Vital statistics of India. Vol. IV, Annual returns from 1871 to 1876. British Army of India, Native Army and jails of Bengal
Year: 1871
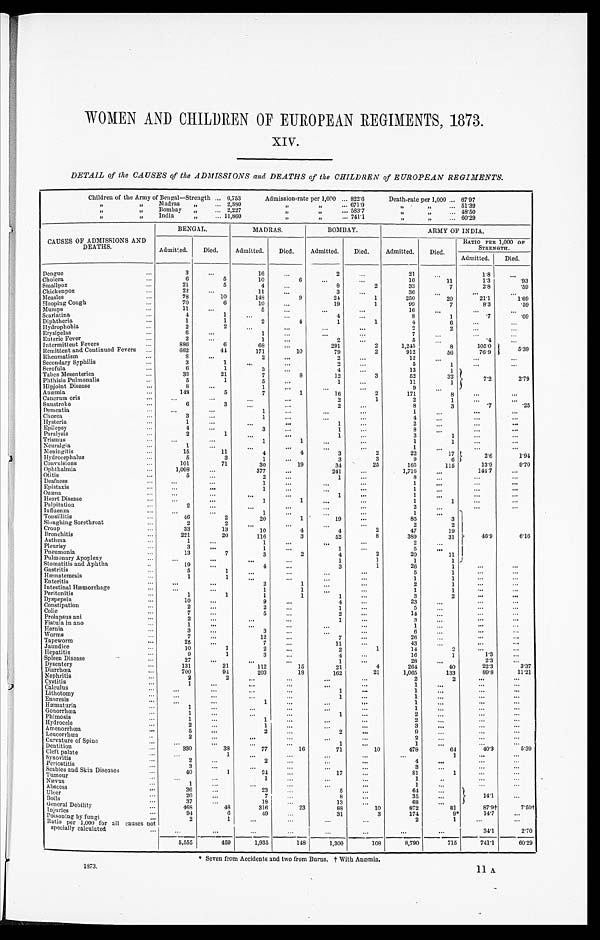
1873.
11 A.
WOMEN AND CHILDREN OF EUROPEAN REGIMENTS, 1873.
XIV.
DETAIL of the CAUSES of the ADMISSIONS and DEATHS of the CHILDREN of EUROPEAN REGIMENTS.
Children of the Army of Bengal—Strength . . . 6,753
Admission-rate per 1,000 . . .
822.6
Death-rate per 1,000 . . . 67.97
" " M a d r a s " . . .
2,880
" " . . .
671.9
" " . . . 51.39
"
"
Bombay " " . . . 2,227
" " . . .
583.7
" " . . .
48.50
" " I n d i a " . . . 11.860
" " . . .
741.1
" " . . . 6 0 . 2 9
CAUSES OF ADMISSIONS AND
D E A T H S .
BENGAL.
MADRAS.
BOMBAY.
ARMY OF INDIA.
Admitted.
Died.
Admitted.
Died.
Admitted.
Died.
Admitted.
Died.
RATIO PER 1,000 OF
STRENGTH.
Admitted.
Died.
Dengue . . .
3
. . .
16
. . .
2
. . .
21
. . .
1.8
. . .
Cholera . . .
6
5
10
6
. . .
. . .
1 6
11
1.3
.93
S m a l l p o x . . .
21
5
4
. . .
8
2
33
7
2.8
.59
Chickenpox
. . .
22
. . .
11
. . .
3
. . .
36
. . .
. . .
. . .
Measles . . .
78
10
148
9
24
1
250
20
21.1
1.69
Hooping Cough . . .
70
6
10
. . .
19
1
99
7
8.3
.59
Mumps . . .
11
. . .
5
. . .
. . .
. . .
16
. . .
. . . . . .
Scarlatina . . .
4
1
. . .
. . .
4
. . .
8
1
.7
.09
Diphtheria . . .
1
1
2
4
1
1
4
6
. . .
. . .
Hydrophobia . . .
2
2
. . .
. . .
. . .
. . .
2
2
. . .
. . .
Erysipelas . . .
6
. . .
1
. . .
. . . . . .
7
. . .
. . .
. . .
Enteric Fever . . .
2
. . .
1
. . .
2
. . .
5
. . .
. 4
. . .
Intermittent Fevers . . .
886
6
68 . . .
291
2
1,245
8
105.0 5.39
Remittent and Continued Fevers . . .
662
44
171
10
79
2
912
56
76.9
Rheumatism . . .
8
. . .
2
. . .
2
. . .
12
. . .
. . .
. . .
Secondary Syphilis . . .
3
1
. . .
. . .
2
. . .
5
1
. . .
. . .
Scrofula . . .
6
1
3 . . .
4
. . .
13
1
7.2
Tabes Mesenterica . . .
33
21
7
8
12
3
52
32
2.79
Phthisis Pulmonalis . . .
5
1
5
. . .
1
. . .
11
1
Hipjoint Disease . . .
8
. . .
1
. . .
. . .
. . .
9
. . .
Anæmia . . .
148
5
7
1
16
2
171
8
. . .
. . .
Cancrum oris . . .
. . .
. . .
. . .
. . .
2
1
2
1
. . .
. . .
Sunstroke
. . .
6
3
. . .
. . .
2
. . .
8
3
.7
.25
Dementia . . .
. . .
. . .
1
. . .
. . .
. . .
1
. . .
. . .
. . .
Chorea . . .
3
. . .
1
. . .
. . .
. . .
4
. . .
. . .
. . .
Hysteria . . .
1
. . .
. . .
. . .
1
. . .
2
. . .
. . .
. . .
Epilepsy . . .
4
. . .
3
. . .
1
. . .
8
. . .
. . .
. . .
Paralysis . . .
2
1
. . .
. . .
1
. . .
3
1
. . .
. . .
Trismus . . .
. . .
. . .
1
. . .
. . .
. . .
1
1
. . .
. . .
Neuralgia . . .
1
. . .
. . .
. . .
. . .
. . .
1
. . .
. . .
. . .
Meningitis . . .
15
11
4
4
3
2
22
17
2.6
1.94
Hydrocephalus . . .
5
3
1
. . .
3
3
9
6
Convulsions . . .
101
71
30
19
34
25
165
115
13.9
9.70
Ophthalmia. . .
1,098
. . .
377
. . .
241
. . .
1,716
. . .
144.7
. . .
Otitis . . .
5
. . .
2
. . .
1
. . .
8
. . .
. . .
. . .
Deafness . . .
. . .
. . .
1
. . .
. . .
. . .
1
. . .
. . .
. . .
Epistaxis . . .
. . .
. . .
1 . . .
. . .
. . .
1
. . .
. . .
. . .
Ozœna . . .
. . .
. . .
. . .
. . .
. . .
. . .
1
. . .
. . .
. . .
Heart Disease . . .
. . .
. . .
1
1
. . .
. . .
1
1
. . .
. . .
Palpitation . . .
2
. . .
. . .
. . .
. . .
. . .
. . .
. . .. . .
. . .
Influenza . . .
. . .
. . .
1
. . .
. . .
. . .
1
. . .
46.9
Tonsillitis . . .
46
2
20
1
19
. . .
85
3
Sloughing Sorethroat . . .
2
2
. . .
. . .
. . .
. . .
2
2
Croup
33
13
10
4
4
2
47
19
Bronchitis . . .
221
20
116
3
52
8
389
31
6.16
Asthma . . .
1
. . .
1
. . .
. . .
. . .
2
. . .
Pleurisy. . .
3
. . .
1
. . .
1
. . .
5
. . .
Pneumonia . . ..
1 3
7
3
2
4
2
20
11
Pulmonary Apoplexy . . .
. . .
. . .
. . .
. . .
1
1
1
1
Stomatitis and Aphtha. . .
19
. . .
4
. . .
3
1
26
1
. . .
. . .
Gastritis . . .
5
1
. . .
. . .
. . .
. . .
5
1
. . .
. . .
Hæmatemesis . . .
1
1
. . .
. . .
. . .
. . .
1
1
. . .
. . .
Enteritis . . .
. . .
. . .
2
1
. . .
. . .
2
1
. . .
. . .
Intestinal Hæmorrhage . . .
. . .
. . .
1
1
. . .
. . .
1
1
. . .
. . .
Peritonitis
1
1
1
1
1
. . .
3
2
. . .
. . .
Dyspepsia . . .
10
. . .
9
. . .
4
. . .
23
. . .
. . .. . .
Constipation . . .
2
. . .
2
. . .
1
. . .
5
. . .
. . .
. . .
Colic . . .
7
. . .
5
. . .
2
. . .
14
. . .
. . .
. . .
Prolapsus ani . . .
2
. . .
. . .
. . .
1
. . .
3
. . .
. . .
. . .
Fistula in ano . . .
1
. . .
. . .
. . .
. . .
. . .
1
. . .
. . .
. . .
Hernia . . .
3
. . .
3
. . .
. . .
. . .
6
. . .
. . .
. . .
Worms . . .
7
. . .
12
. . .
7
. . .
26
. . .
. . .
. . .
Tapeworm . . .
25
. . .
7
. . .
11
. . .
43
. . .
.
. . .
Jaundice . . .
10
1
2
. . .
2
1
14
2
. . .
Hepatitis . . .
9
1
3
. . .
4
. . .
16
1
1 . 3 . . .
Spleen Disease. . .
2 7
. . .
. . .
. . .
1
. . .
28
. . .
2.3
. . .
Dysentery. . .
131
21
112
15
21
4
264
40
22.3
3.37
Diarrhœa
. . .
700
94
203
18
162
21
1,065
133
89.8
11.21
Nephritis
. . .
2
2
. . .
. . .
. . .
. . .
2
2
. . .
. . .
Cystitis
. . .
1
. . .
. . .
. . .
. . .
. . .
1
. . .
. . .. . .
Calculus
. . .
. . .
. . .
. . .
. . .
1
. . .
1
. . .
. . .
. . .
Lithotomy
. . .
. . .
. . .
. . .
. . .
1
. . .
1
. . .
. . .. . .
Enuresis . . .
. . .
. . .
1
. . .
. . .
. . .
1
. . .
. . .
. . .
Hæmaturia . . .
1
. . .
. . .
. . .
. . .
. . .
1
. . .
. . .
. . .
Gonorrhœa. . .
1
. . .
. . .
. . .
1
. . .
2
. . .
. . .
. . .
Phimosis
. . .
1
. . .
1
. . .
. . .
. . .
2
. . .
. . .. . .
Hydrocele . . .
2
. . .
1
. . .
. . .
. . .
. . .
. . .
. . .
. . .
Amenorrhœa
. . .
5
. . .
2
. . .
2
. . .
9
. . .
. . .
. . .
Leucorrhœa . . .
2
. . .
. . .
. . .
. . .
. . .
2
. . .
. . .
. . .
Curvature of Spine
. . .
. . .
. . .
. . .
. . .
1
. . .
1
. . .
. . .
. . .
Dentition
330
38
77
16
71
10
478
64
40.3
5.39
Cleft palate. . .
. . .
1
. . .
. . .
. . .
. . .
. . .
1
. . .
. . .
S y n o v i t i s . . .
2
. . .
2
. . .
. . .
. . .
4
. . .
. . .
. . .
Periostitis
. . .
3
. . .
. . .
. . .
. . .
. . .
3
. . .
. . .
. . .
Scabies and Skin Diseases
. . .
40
1
24
. . .
17
. . .
81
1
. . .
. . .
Tumour . . .
. . .
. . .
1
. . .
. . .
. . .
1
. . .
. . .
. . .
Nævus . . .
1
. . .
. . .
. . .
. . .
. . .
1
. . .
. . .
. . .
.
Absce ss . . .
3 6
. . .
23
. . .
5
. . .
64
. . .
14.1
. . .
U l c e r . . .
20
. . .
7
. . .
8
. . .
35
. . .
Boils. . .
37
. . .
18
. . .
13
. . .
68
. . .
General Debility
. . .
468
48
316
23
88
10
872
81
87.9†
7.50†
Injuries . . .
94
6
49
. . .
31
3
174
9*
14.7
. . .
Poisoning by fungi . . .
2
1
. . .
. . .
. . .
. . .
2
1
. . .
. . .
R a t i o p e r 1 , 0 0 0 f o r a l l c a u s e s n o t s p e c i a l l y c a l c u l a t e d
. . .
. . .
. . .
. . .
. . .
. . .
. . .
. . .
. . .
34.1
2.70
5,555
459
1,935
148
1,300
108
8,790
715
741.1
60.29
* Seven from Accidents and two from Burns. † With Anæmia.